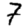
Digit: 7